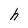
Character: h